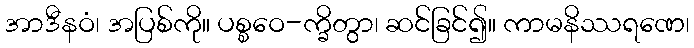
အာဒီနဝံ၊ အပြစ်ကို။ ပစ္စဝေ-က္ခိတွာ၊ ဆင်ခြင်၍။ ကာမနိဿရဏေ၊